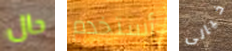
حال أستخدم خيالى